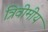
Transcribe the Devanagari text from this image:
त्रिवीमीय